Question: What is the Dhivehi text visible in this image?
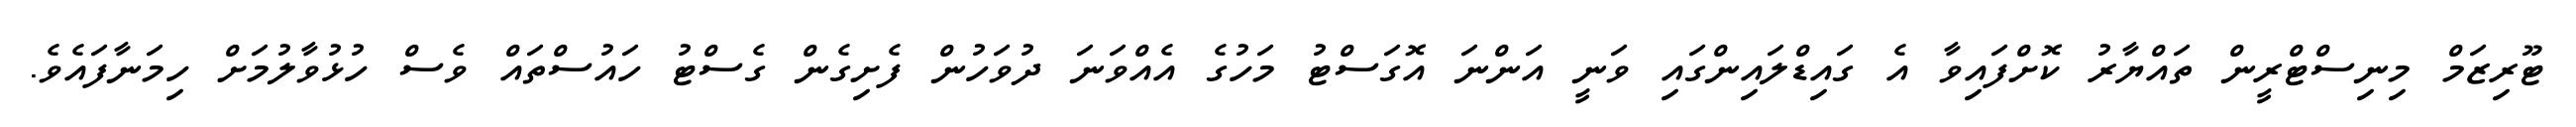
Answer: ޓޫރިޒަމް މިނިސްޓްރީން ތައްޔާރު ކޮށްފައިވާ އެ ގައިޑްލައިންގައި ވަނީ އަންނަ އޮގަސްޓު މަހުގެ އެއްވަނަ ދުވަހުން ފެށިގެން ގެސްޓު ހައުސްތައް ވެސް ހުޅުވާލުމަށް ހިމަނާފައެވެ.